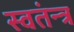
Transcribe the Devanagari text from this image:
स्वतंन्त्र